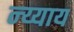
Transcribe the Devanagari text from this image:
न्य्याय